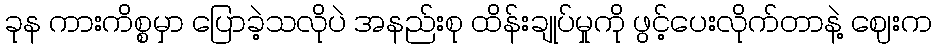
ခုန ကားကိစ္စမှာ ပြောခဲ့သလိုပဲ အနည်းစု ထိန်းချုပ်မှုကို ဖွင့်ပေးလိုက်တာနဲ့ ဈေးက